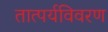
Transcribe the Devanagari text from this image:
तात्पर्यविवरण